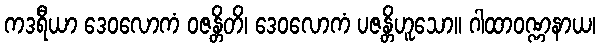
ကဒရီယာ ဒေဝလောကံ ဝဇန္တိတိ၊ ဒေဝလောကံ ပဇန္တိဟူသော။ ဂါထာဝဏ္ဏနာယ၊